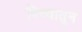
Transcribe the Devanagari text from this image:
दिव्यातून